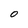
Character: 0